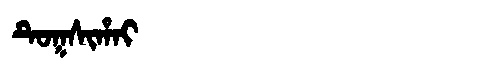
Manchu: ᡨᡠᡴᠰᡳᡥᠠᡳ
Romanization: TUKSIHAI